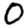
Digit: 0